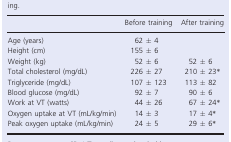
<table><thead><tr><td></td><td><b>Before training</b></td><td><b>After training</b></td></tr></thead><tbody><tr><td>Age (years)</td><td>62 ± 4</td><td rowspan="2"></td></tr><tr><td>Height (cm)</td><td>155 ± 6</td></tr><tr><td>Weight (kg)</td><td>52 ± 6</td><td>52 ± 6</td></tr><tr><td>Total cholesterol (mg/dL)</td><td>226 ± 27</td><td>210 ± 23a</td></tr><tr><td>Triglyceride (mg/dL)</td><td>107 ± 123</td><td>113 ± 82</td></tr><tr><td>Blood glucose (mg/dL)</td><td>92 ± 7</td><td>90 ± 6</td></tr><tr><td>Work at VT (watts)</td><td>44 ± 26</td><td>67 ± 24a</td></tr><tr><td>Oxygen uptake at VT (mL/kg/min)</td><td>14 ± 3</td><td>17 ± 4a</td></tr><tr><td>Peak oxygen uptake (mL/kg/min)</td><td>24 ± 5</td><td>29 ± 6a</td></tr></tbody></table>